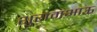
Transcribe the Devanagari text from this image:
शुरामभाऊ